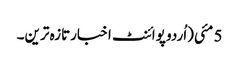
5 مئی(اُردو پوائنٹ اخبارتازہ ترین۔